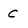
Character: C